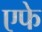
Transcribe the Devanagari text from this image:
एफे